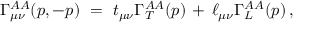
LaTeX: \Gamma _ { \mu \nu } ^ { A A } ( p , - p ) \ = \ t _ { \mu \nu } \Gamma _ { T } ^ { A A } ( p ) \, + \, \ell _ { \mu \nu } \Gamma _ { L } ^ { A A } ( p ) \, ,